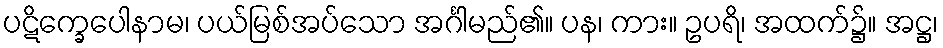
ပဋိက္ခေပေါနာမ၊ ပယ်မြစ်အပ်သော အင်္ဂါမည်၏။ ပန၊ ကား။ ဥပရိ၊ အထက်၌။ အဋ္ဌ၊